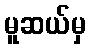
မူဆယ်မှ